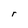
Character: r